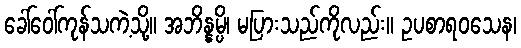
ခေါ်ဝေါ်ကုန်သကဲ့သို့။ အဘိန္နမ္ပိ၊ မပြားသည်ကိုလည်း။ ဥပစာရဝသေန၊